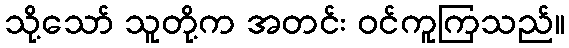
သို့သော် သူတို့က အတင်း ဝင်ကူကြသည်။